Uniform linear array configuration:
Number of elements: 64
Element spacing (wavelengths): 0.75
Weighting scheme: blackman
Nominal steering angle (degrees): -60
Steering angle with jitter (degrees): -61.518
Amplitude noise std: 0.05
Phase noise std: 0.05

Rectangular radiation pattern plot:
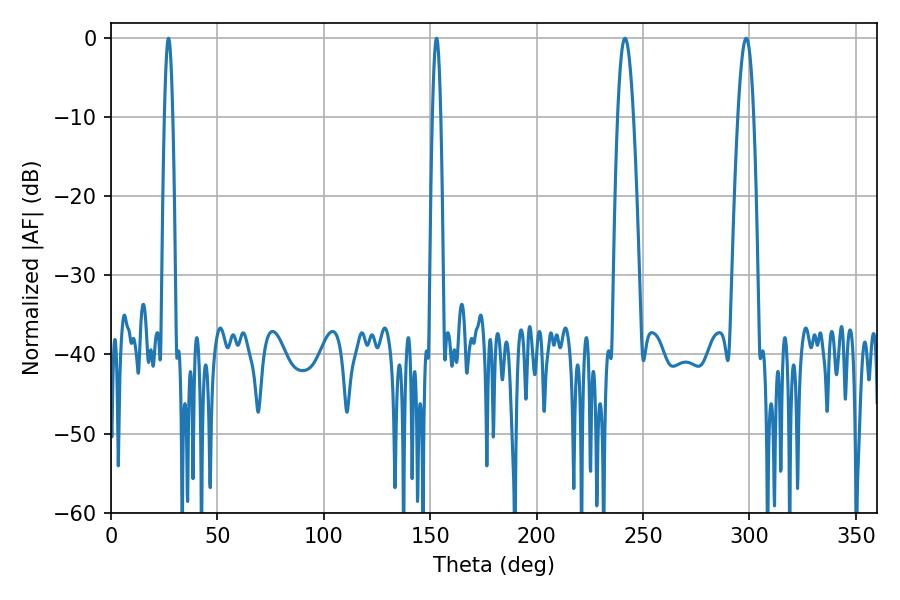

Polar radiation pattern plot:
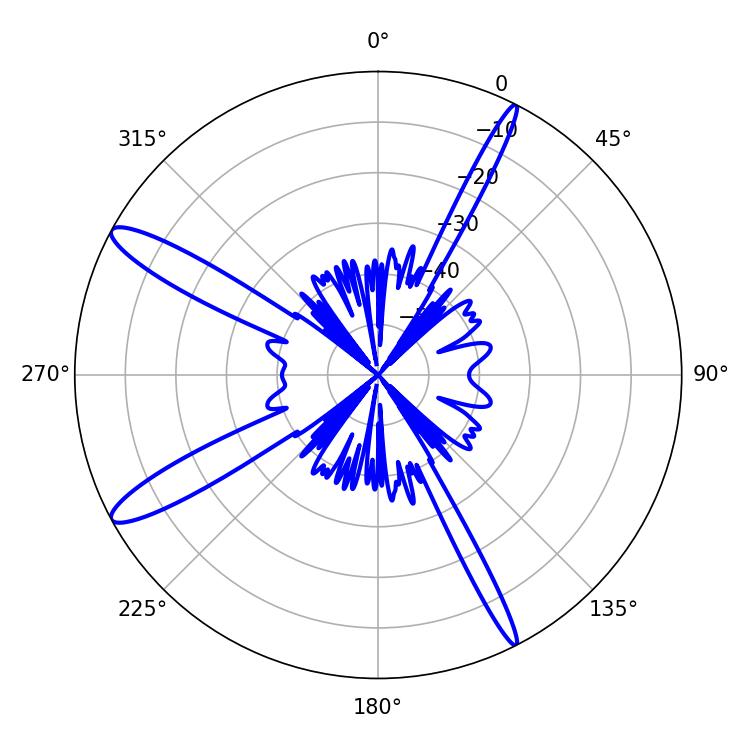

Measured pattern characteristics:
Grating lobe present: TRUE
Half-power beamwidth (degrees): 3.96
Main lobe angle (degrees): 298.44